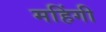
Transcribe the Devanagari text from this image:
महिंगी